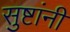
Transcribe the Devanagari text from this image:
सुष्टांनी